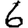
Digit: 6